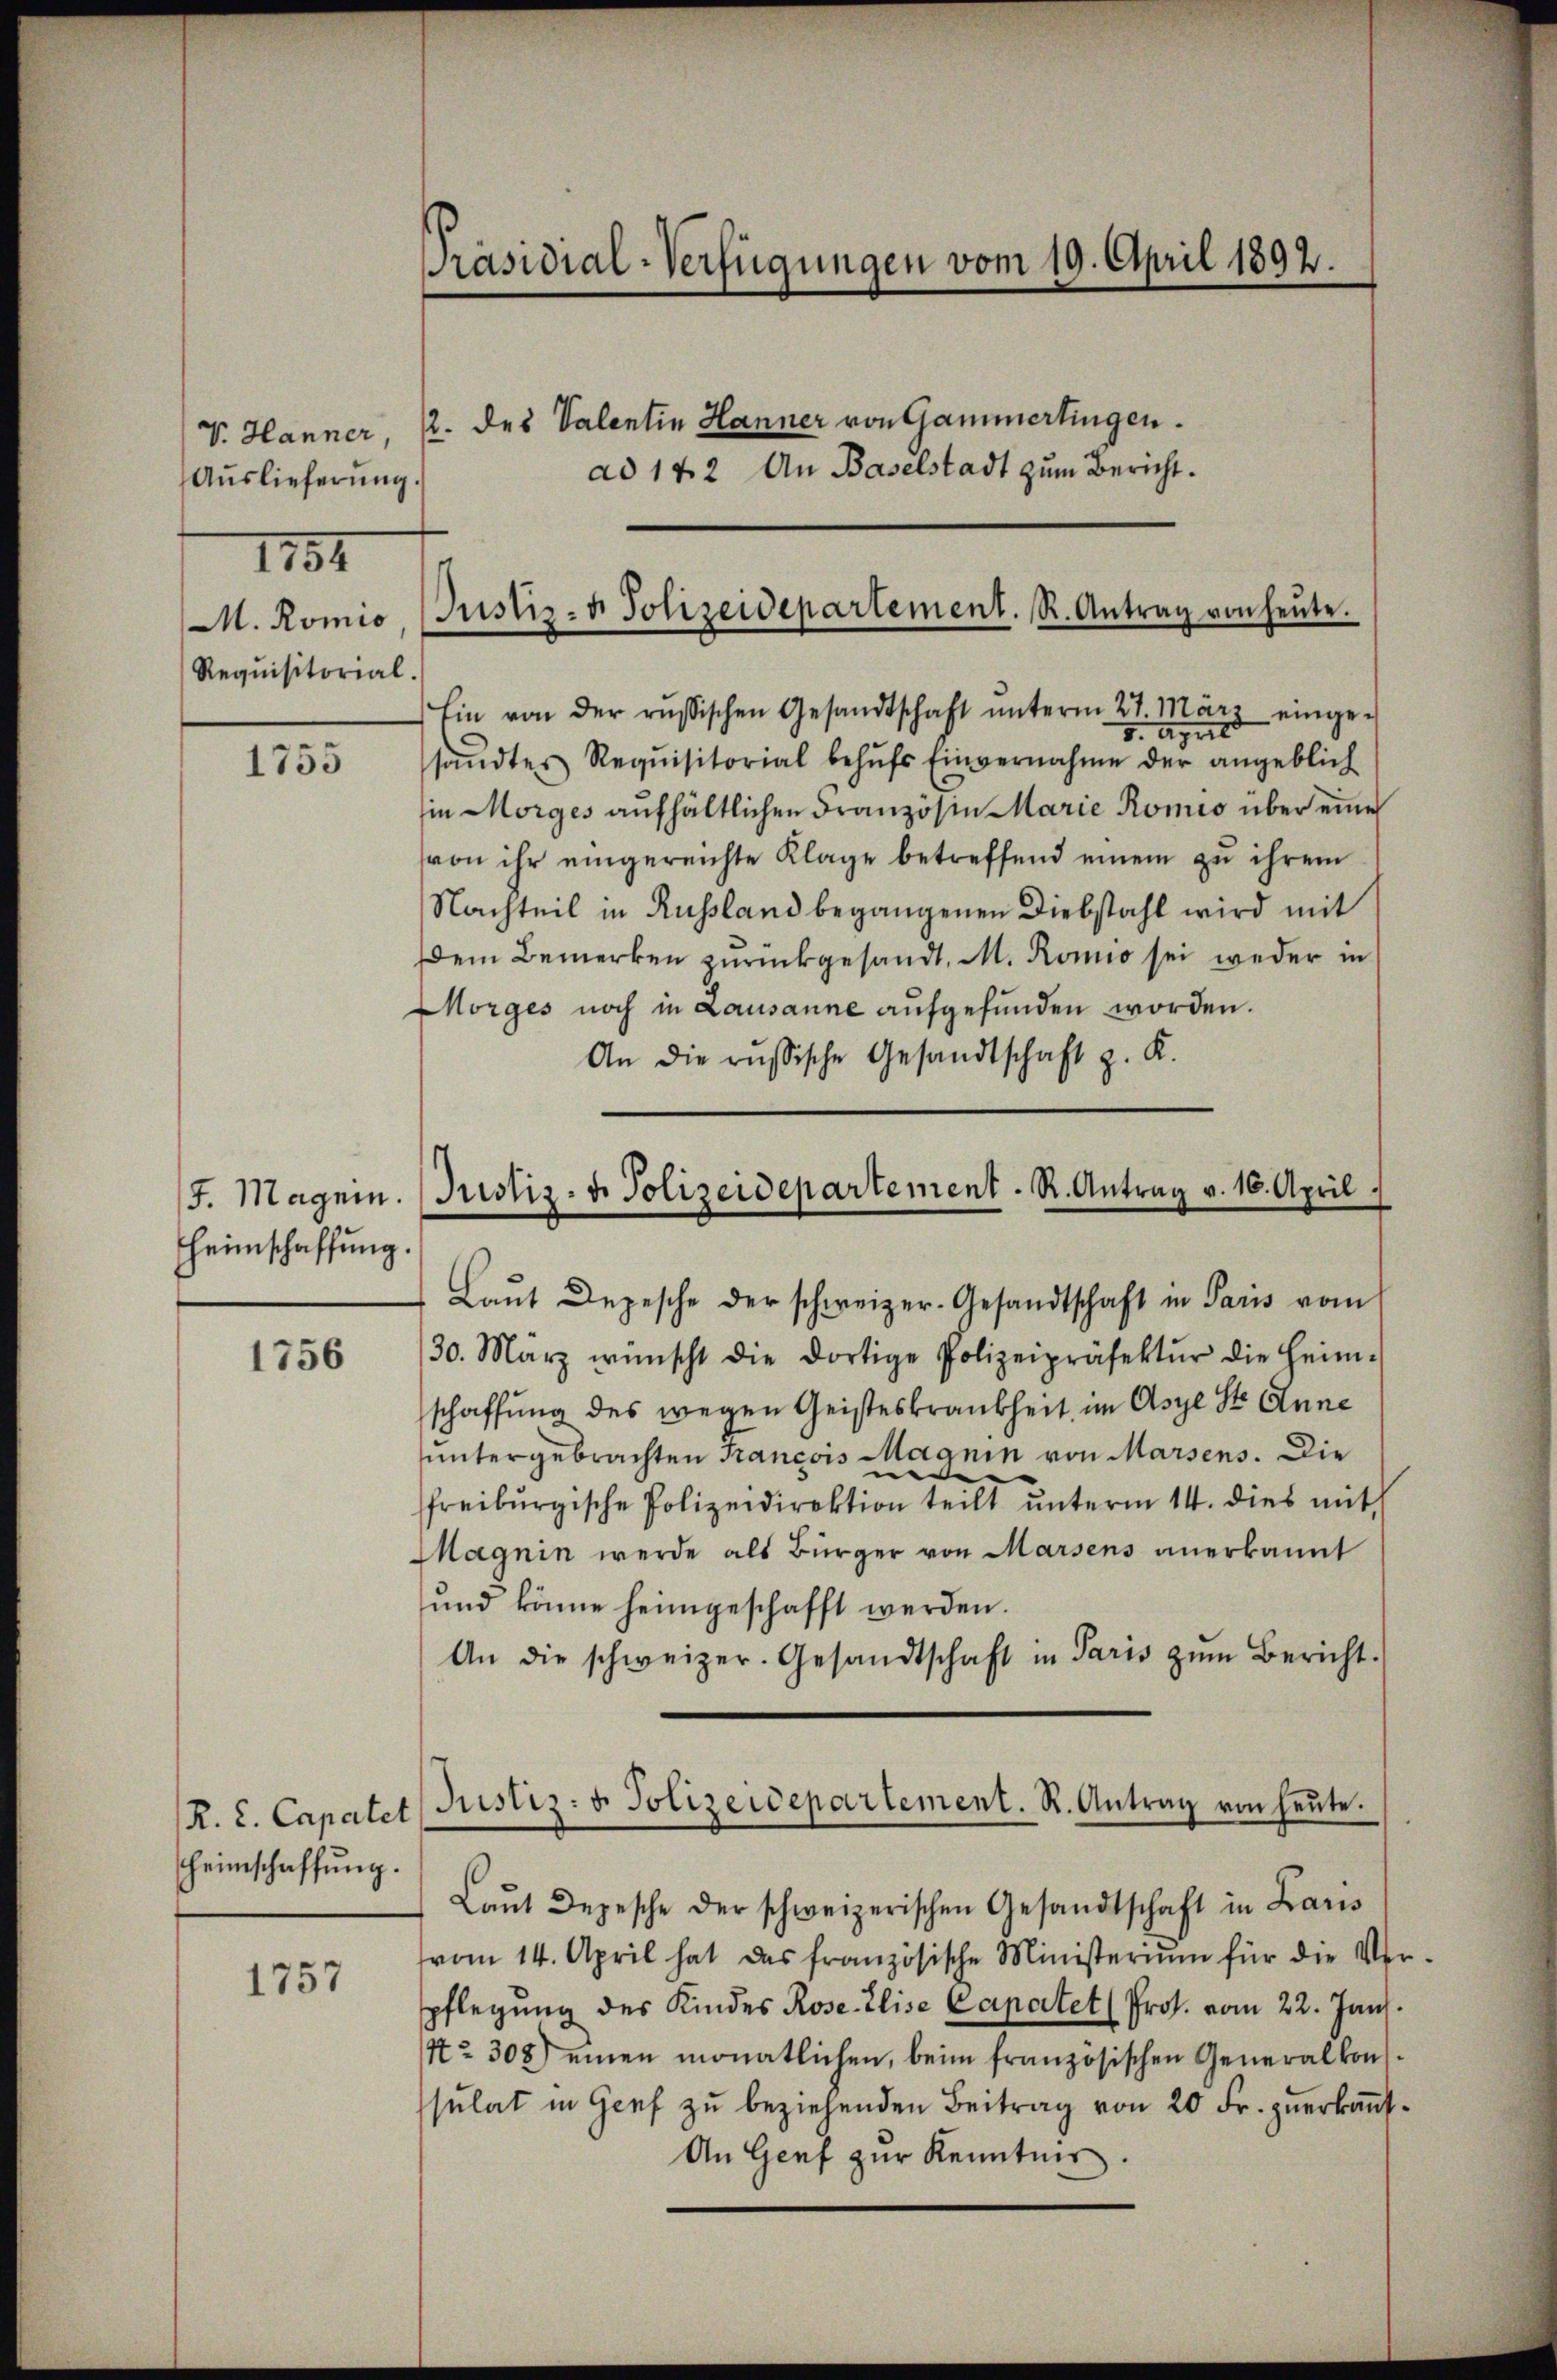
Auslieferung.
1154
M. Romis
Requisitorial.

1755

J. Magnin.
Heimschaffung.

1756

R. L. Capartet
heimschaffung.

1757

Präsidial-Verfügungen vom 19. April 1892.
V. Hanner, 2. des Valentin Hanner von Gammertingen.
ad 142 An Baselstadt zum Bericht.

Justiz- u. Polizeidepartement. R. Antrag von heŭte.

Ein von der russischen Gesandtschaft ŭnterm 27. März einge-
5. April
sandtes Requisitorial behŭfs Einvernahme der angeblich
in Morges aufhältlichen Französin Marie Romis über eine
von ihr eingereichte Klage betreffend einem zu ihrem
Nachteil in Russland begangenen Diebstahl wird mit
Dem Bemerken zurückgesandt, M. Romio sei weder in
Morges noch in Lausanne aufgefunden worden.
An die russische Gesandtschaft z. K.

Justiz- & Polizeidepartement. R. Antrag v. 16. April

Laŭt Depesche der schweizer-Gesandtschaft in Paris vom
30. März wünscht die dortige Polizeipräsektŭr die Heim-
schaffung des wegen Geisteskrankheit im Asyl St. Anne
untergebrachten Francois Magnin von Marsens. Die
sfreiburgische Polizeidirektion teilt ŭnterm 14. dies mit
Magnin werde als Bürger von Marsens anerkannt
und könne heimgeschafft werden.
An die schweizer. Gesandtschaft in Paris zŭm Bericht.

Justiz- u. Polizeidepartement. R. Antrag von heŭte.

Laŭt Depesche der schweizerischen Gesandtschaft in Lauis
vom 14. April hat das französische Ministerium für die Ver-
pflegung des Kindes Rose Elise Capartet (Prof. vom 22. Jan.
Nr. 308) einen monatlichen, beim französischen Generalkon-
sulat in Genf zu beziehenden Beitrag von 20 Fr. zuerkannt¬
An Genf zur Kenntnis.